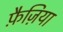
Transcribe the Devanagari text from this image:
फ़ैज़िया